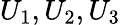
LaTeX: U_{1},U_{2},U_{3}